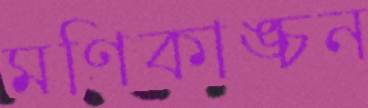
মণিকাঙ্চন